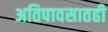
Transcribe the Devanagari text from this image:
अतिपावसातही